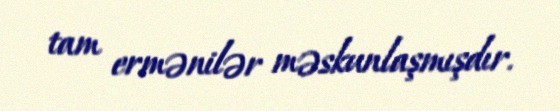
tam ermənilər məskunlaşmışdır.